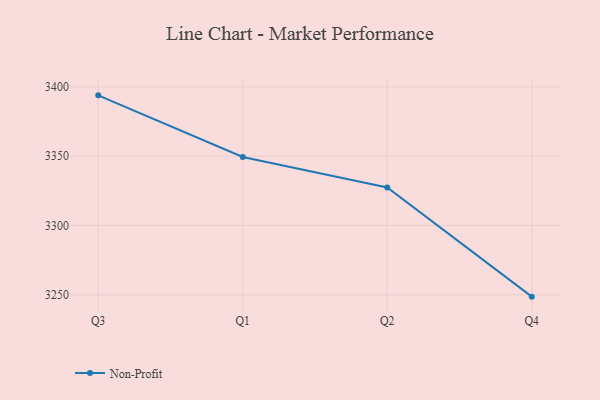
{"axis": {"x": "Quarter", "y": "Backlog"}, "legend": ["Non-Profit"], "data": [{"x": "Q3", "y": 3393.9, "type": "Non-Profit"}, {"x": "Q1", "y": 3349.4, "type": "Non-Profit"}, {"x": "Q2", "y": 3327.4, "type": "Non-Profit"}, {"x": "Q4", "y": 3248.7, "type": "Non-Profit"}]}